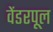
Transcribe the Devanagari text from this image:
वेंडरपूल